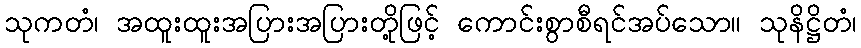
သုကတံ၊ အထူးထူးအပြားအပြားတို့ဖြင့် ကောင်းစွာစီရင်အပ်သော။ သုနိဋ္ဌိတံ၊